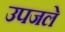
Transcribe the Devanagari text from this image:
उपजले